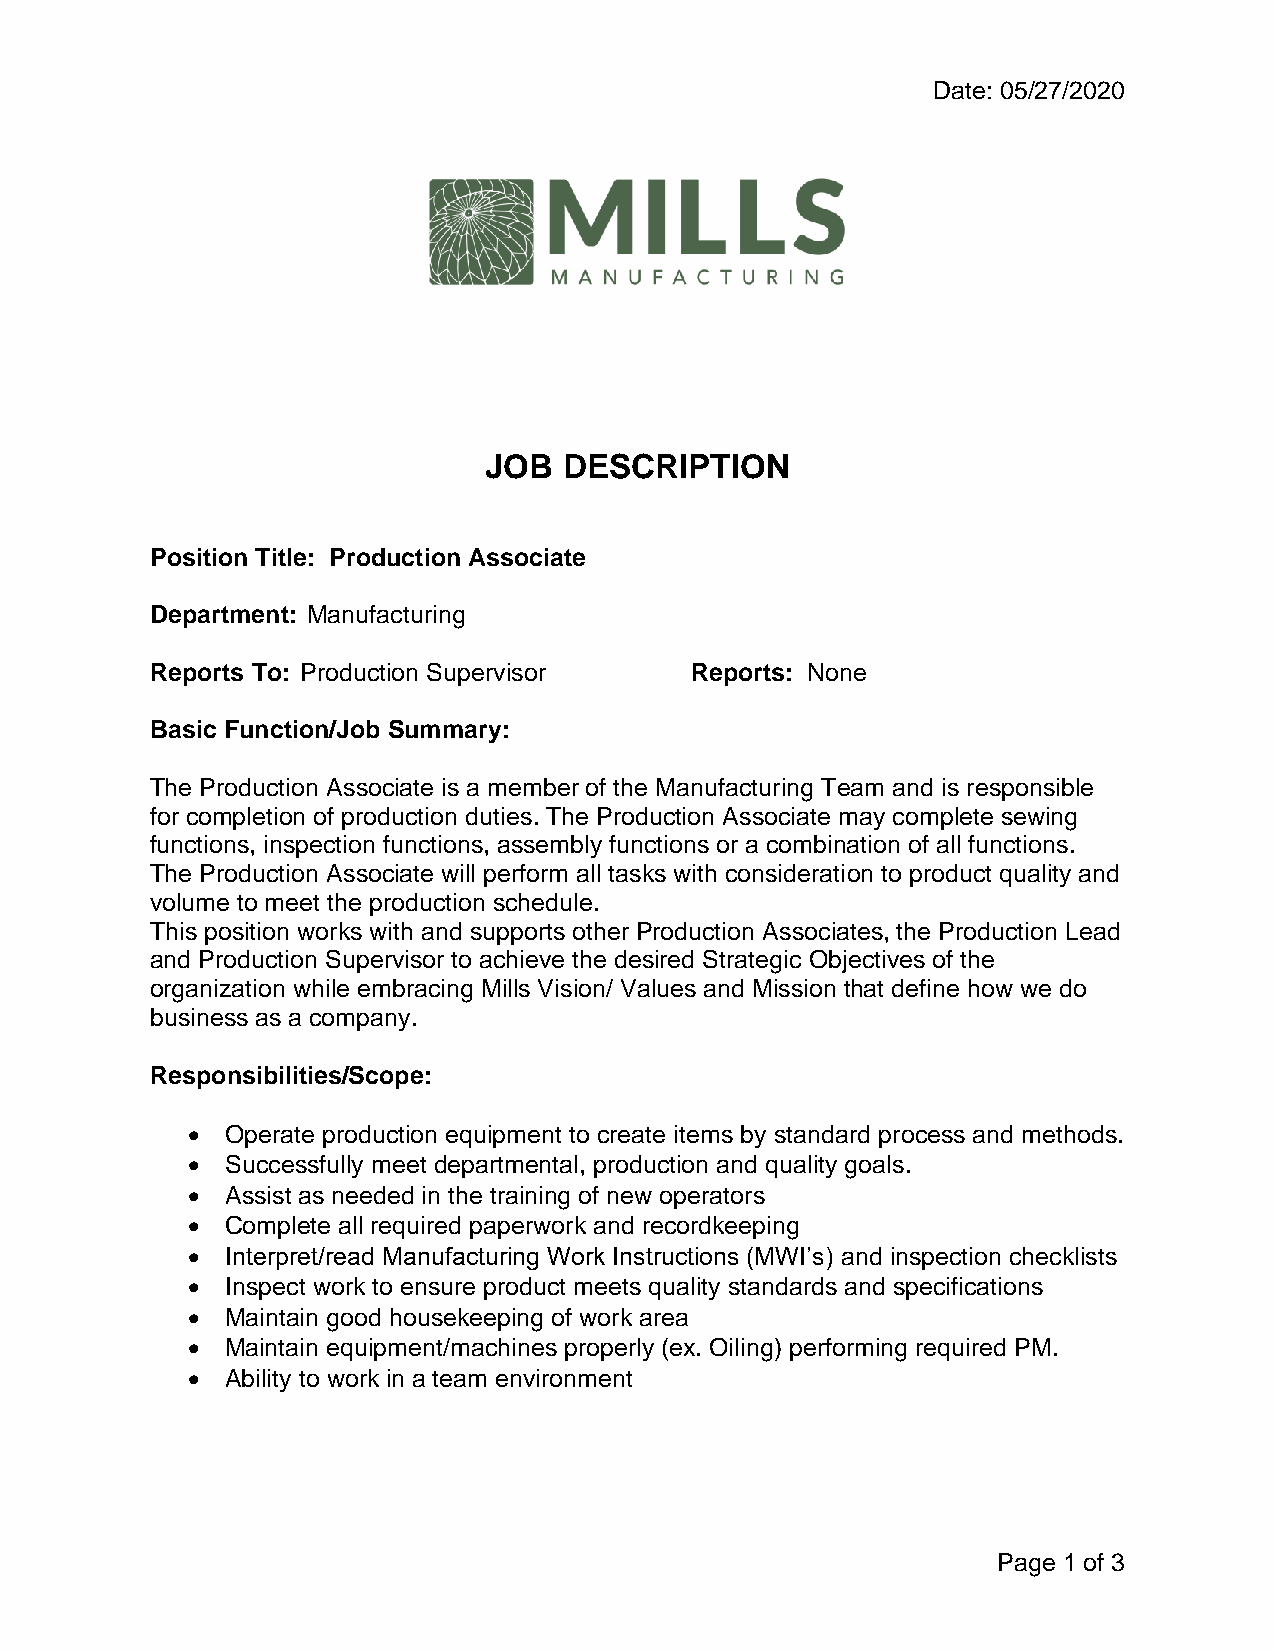
Date: 05/27/2020
 JOB  DESCRIPTION
 Position Title: Production Associate
 Department: Manufacturing
 Reports To: Production Supervisor   Reports: None
 Basic Function/Job Summary:
 The Production Associate is a member of the Manufacturing Team and is responsible
 for completion of production duties. The Production Associate may complete sewing
 functions, inspection functions, assembly functions or a combination of all functions.
 The Production Associate will perform all tasks with consideration to product quality and
 volume to meet the production schedule.
 This position works with and supports other Production Associates, the Production Lead
 and Production Supervisor to achieve the desired Strategic Objectives of the
 organization while embracing Mills Vision/ Values and Mission that define how we do
 business as a company.
 Responsibilities/Scope:
 •  Operate production equipment to create items by standard process and methods.
 •  Successfully meet departmental, production and quality goals.
 •  Assist as needed in the training of new operators
 •  Complete all required paperwork and recordkeeping
 •  Interpret/read Manufacturing Work Instructions (MWI’s) and inspection checklists
 •  Inspect work to ensure product meets quality standards and specifications
 •  Maintain good housekeeping of work area
 •  Maintain equipment/machines properly (ex. Oiling) performing required PM.
 •  Ability to work in a team environment
 Page 1 of 3